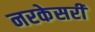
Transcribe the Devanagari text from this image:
नरकेसरी